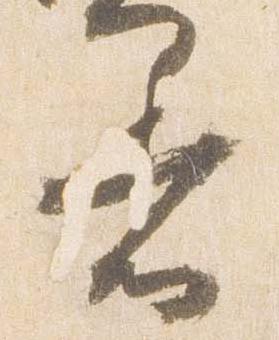
着